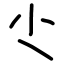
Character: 尐